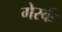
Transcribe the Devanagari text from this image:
गेर्स्क